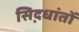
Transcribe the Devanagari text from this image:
सिद़धांतों